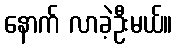
နောက် လာခဲ့ဦးမယ်။